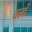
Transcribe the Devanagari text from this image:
चर्लो